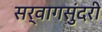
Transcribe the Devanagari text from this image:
सर्वागसुंदरी